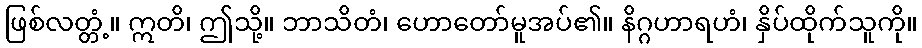
ဖြစ်လတ္တံ့။ ဣတိ၊ ဤသို့။ ဘာသိတံ၊ ဟောတော်မူအပ်၏။ နိဂ္ဂဟာရဟံ၊ နှိပ်ထိုက်သူကို။